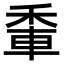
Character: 𨋟